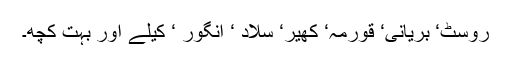
روسٹ‘ بریانی‘ قورمہ‘ کھیر‘ سلاد ‘ انگور ‘ کیلے اور بہت کچھ۔